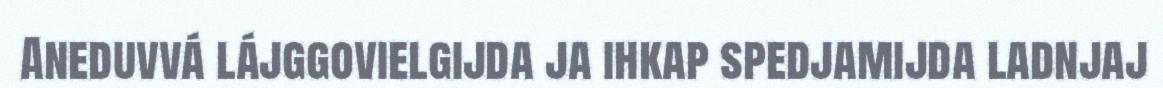
Aneduvvá lájggovielgijda ja ihkap spedjamijda ladnjaj